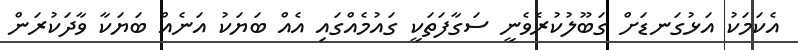
އެކަމަކު އަޅުގަނޑަށް ގަބޫލުކުރެވެނީ ސަގާފަތަކީ ގައުމެއްގައި އެއް ބަޔަކު އަނެއް ބަޔަކާ ވާދަކުރަން